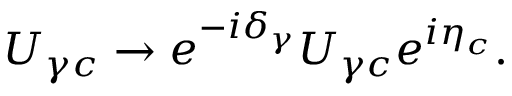
U _ { \gamma c } \to e ^ { - i \delta _ { \gamma } } U _ { \gamma c } e ^ { i \eta _ { c } } .